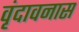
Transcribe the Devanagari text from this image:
वृंदावनास